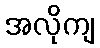
အလိုကျ